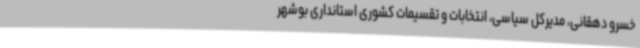
خسرو دهقانی، مدیرکل سیاسی، انتخابات و تقسیمات کشوری استانداری بوشهر